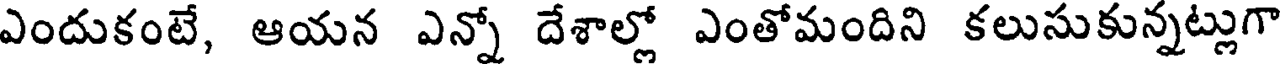
ఎందుకంటే, ఆయన ఎన్నో దేశాల్లో ఎంతోమందిని కలుసుకున్నట్లుగా